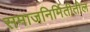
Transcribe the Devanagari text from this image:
समाजनिर्मितीतील